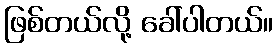
ဖြစ်တယ်လို့ ခေါ်ပါတယ်။